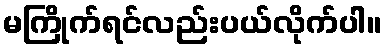
မကြိုက်ရင်လည်းပယ်လိုက်ပါ။